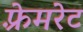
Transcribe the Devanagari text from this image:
फ़्रेमरेट